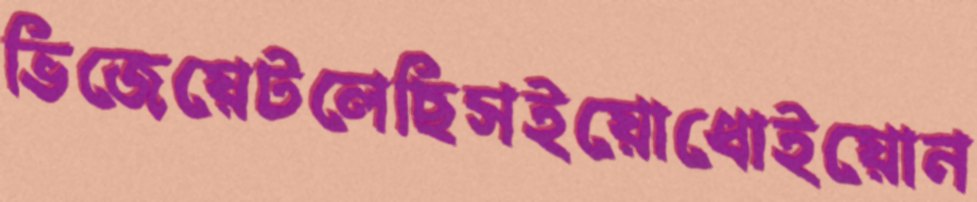
ভিজেয়েটলেছিসইয়োধোইয়োন